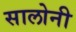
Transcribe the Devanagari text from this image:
सालोनी